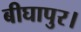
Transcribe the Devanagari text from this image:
बीघापुर।